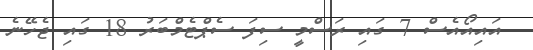
އައިއޯއެސް 7 ގައި ރަސްމީ ސިފަ ސެޕްޓެމްބަރު 18 ގައި ޖެހޭނެ